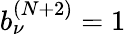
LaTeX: b_{\nu}^{(N+2)}=1